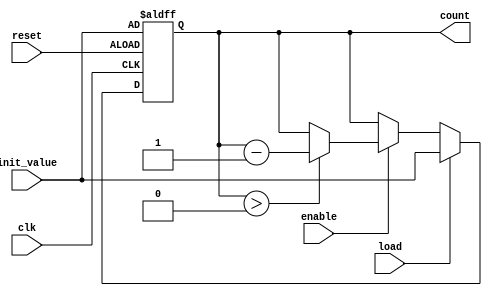
module MemoryBlocksDownCounter #(
    parameter WIDTH = 8 // Bit-width for the counter
)(
    input wire clk,              // Clock signal
    input wire reset,            // Asynchronous reset signal
    input wire enable,           // Enable signal to control counting
    input wire load,             // Load signal to set a new initial value
    input wire [WIDTH-1:0] init_value, // Initial value to load
    output reg [WIDTH-1:0] count // Current count value output
);

    // Asynchronous reset and load logic
    always @(posedge clk or posedge reset) begin
        if (reset) begin
            count <= init_value; // Reset to initial value
        end else if (load) begin
            count <= init_value; // Load new initial value
        end else if (enable) begin
            if (count > 0) begin
                count <= count - 1; // Decrement count
            end
        end
    end

endmodule